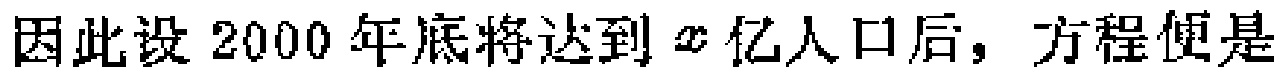
因此设2000年底将达到\(x\)亿人口后，方程便是